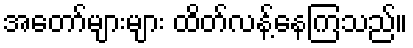
အတော်များများ ထိတ်လန့်နေကြသည်။